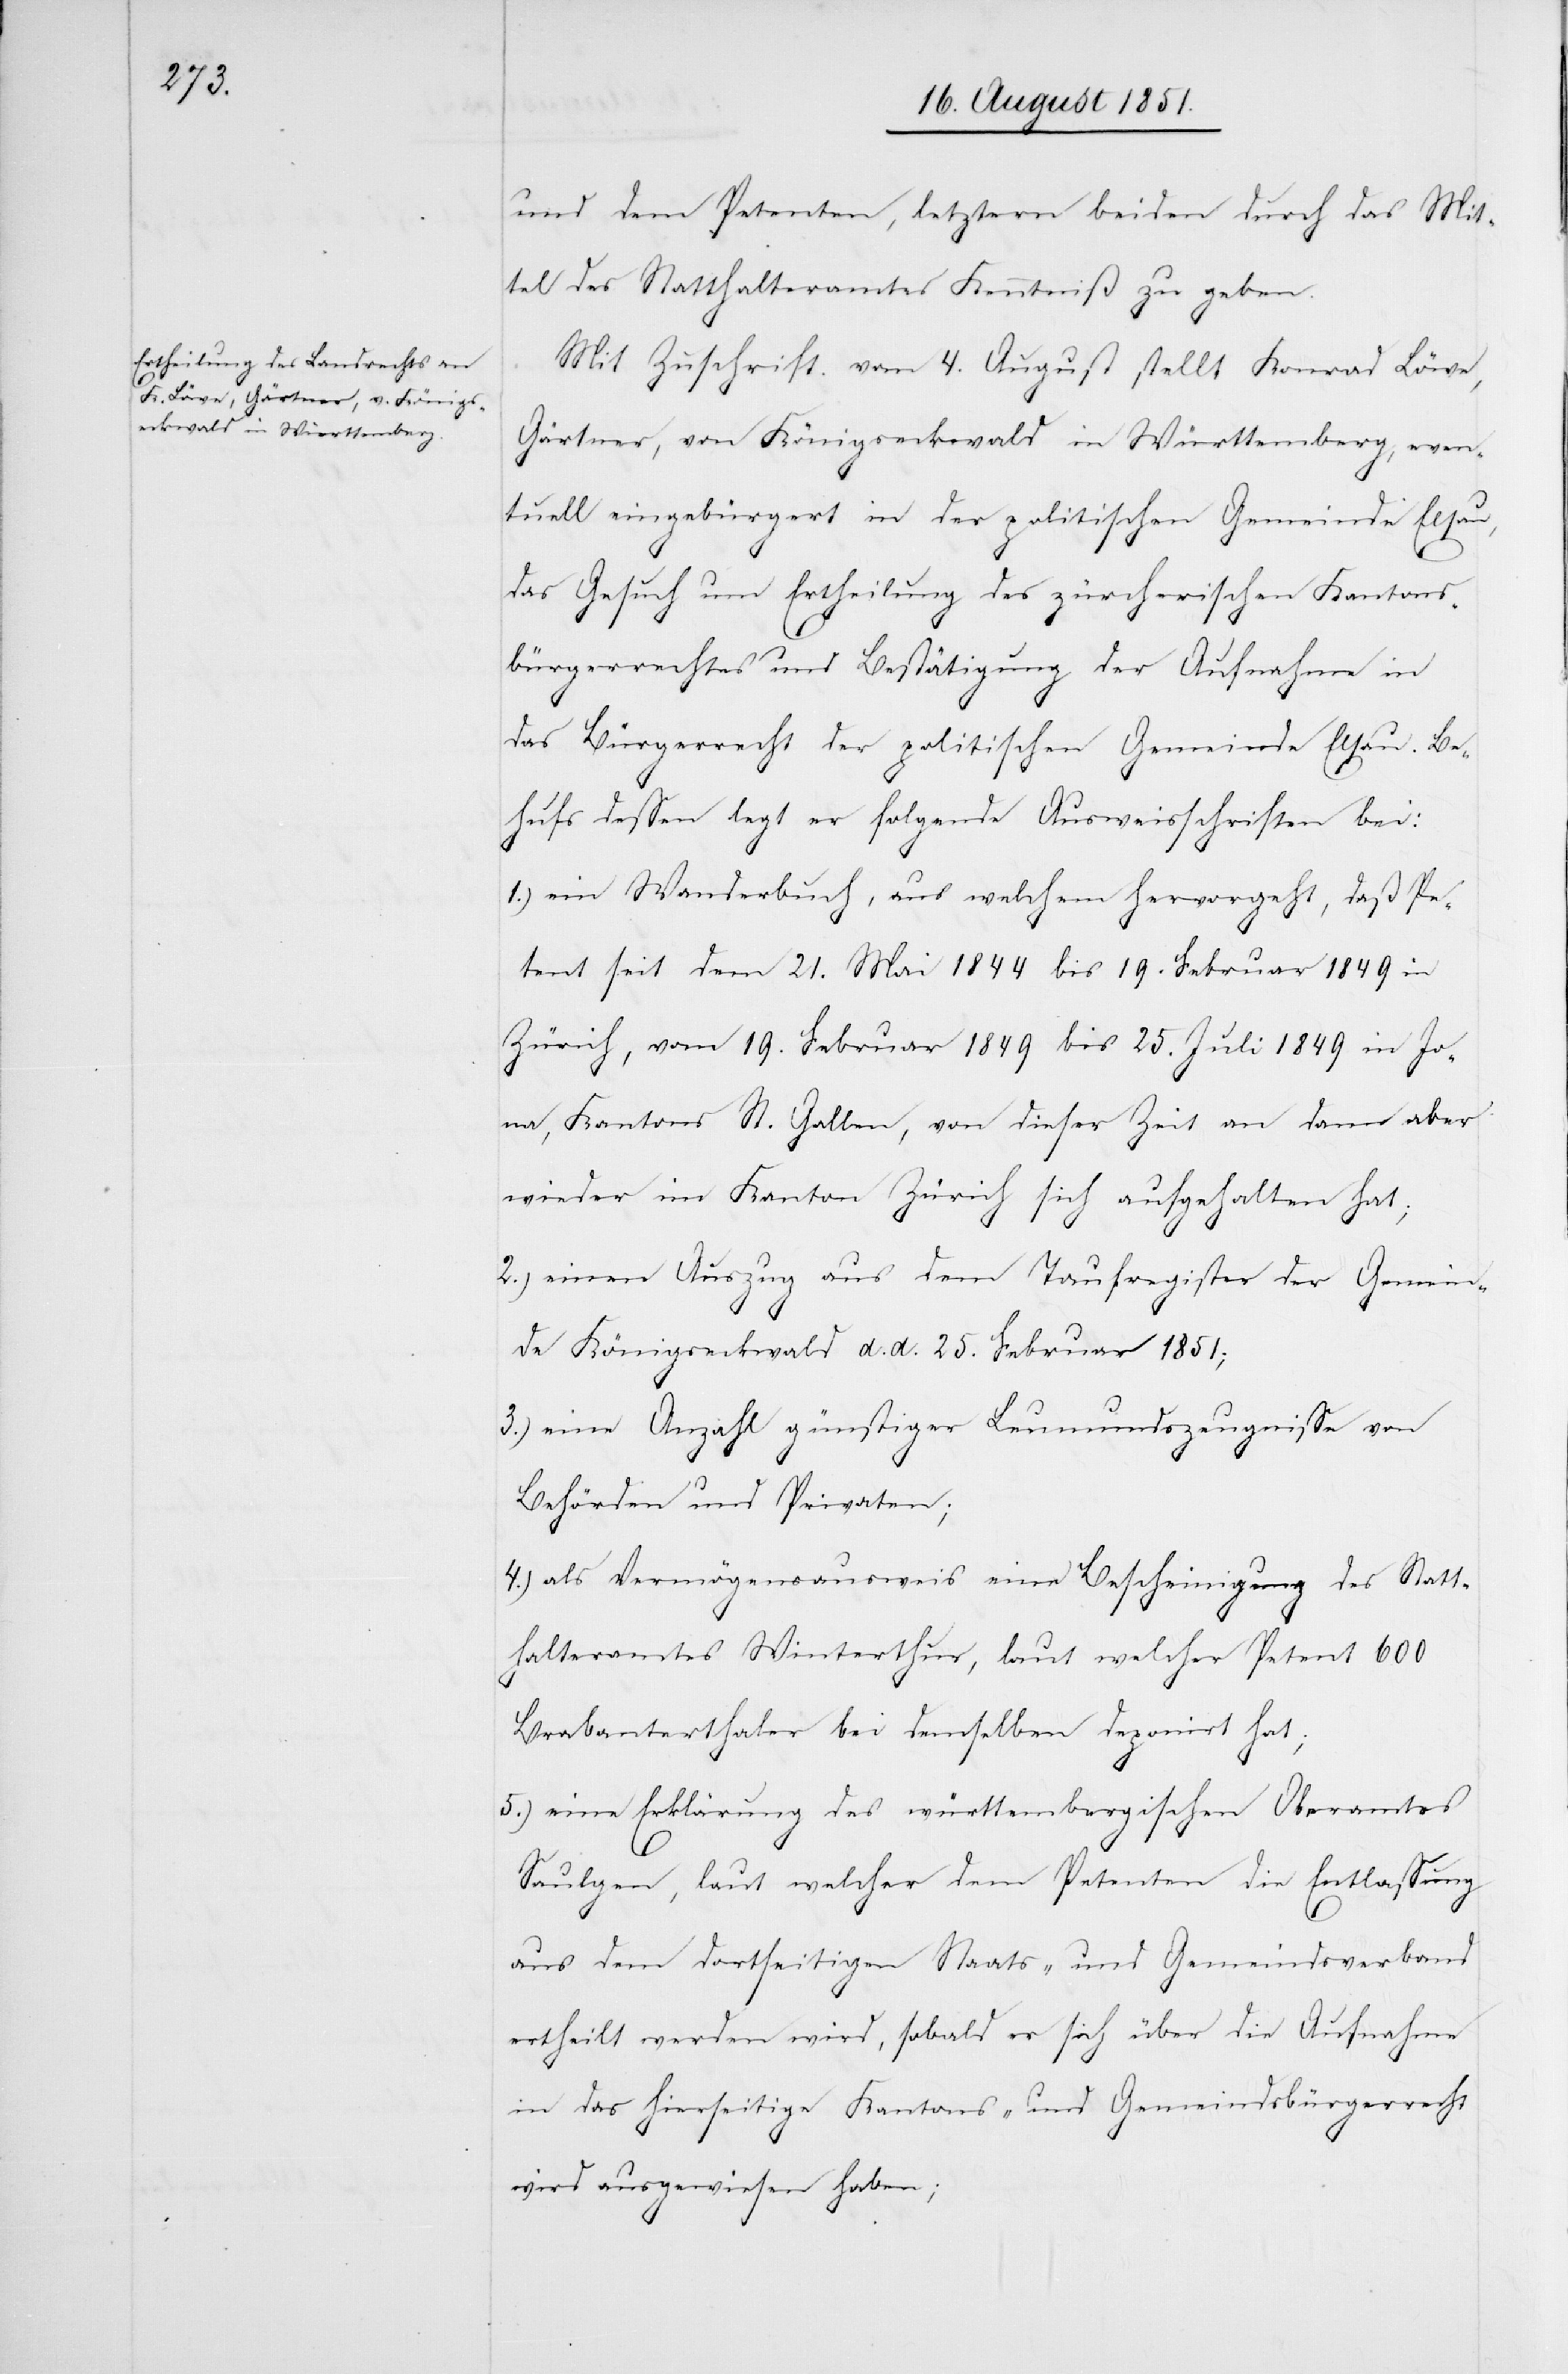
und dem Petenten, letztern beiden durch das Mit¬
tel des Statthalteramtes Kenntniß zu geben.
Mit Zuschrift vom 4. August stellt Konrad Löwe,
Gärtner, von Königseckwald in Württemberg, even¬
tuell eingebürgert in der politischen Gemeinde Elsau,
das Gesuch um Ertheilung des zürcherischen Kantons¬
bürgerrechtes und Bestätigung der Aufnahme in
das Bürgerrecht der politischen Gemeinde Elsau. Be¬
hufs dessen legt er folgende Ausweisschriften bei:
ein Wanderbuch, aus welchem hervorgeht, daß Pe¬
tent seit dem 21. Mai 1844 bis 19. Februar 1849 in
Zürich, vom 19. Februar 1849 bis 25. Juli 1849 in Jo¬
na, Kantons St. Gallen, von dieser Zeit an dann aber
wieder im Kanton Zürich sich aufgehalten hat;
einen Auszug aus dem Taufregister der Gemein¬
de Königseckwald d. d. 25. Februar 1851;
eine Anzahl günstiger Leumundszeugnisse von
Behörden und Privaten;
als Vermögensausweis eine Bescheinigung des Statt¬
halteramtes Winterthur, laut welcher Petent 600
Brabanterthaler bei demselben deponirt hat;
eine Erklärung des württembergischen Oberamtes
Saulgen, laut welcher dem Petenten die Entlassung
aus dem dortseitigen Staats- und Gemeindsverband
ertheilt werden wird, sobald er sich über die Aufnahme
in das hierseitige Kantons- und Gemeindsbürgerrecht
wird ausgewiesen haben;